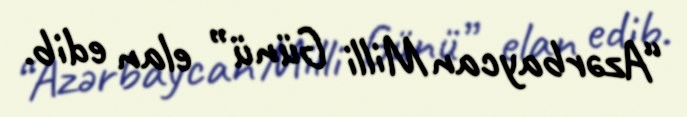
“Azərbaycan Milli Günü” elan edib.